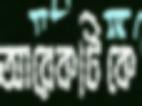
আরেকটিকে